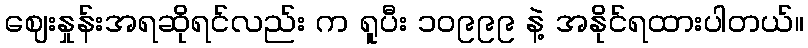
ဈေးနှုန်းအရဆိုရင်လည်း က ရူပီး ၁၀၉၉၉ နဲ့ အနိုင်ရထားပါတယ်။